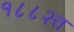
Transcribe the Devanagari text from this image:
१८८२त